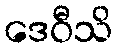
ဒေဝီသိ